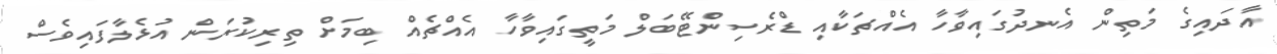
އާދައިގެ މަތިން އެނދުގައިވާހާ އެއްޗަކާއި ޑްރެސިންޓޭބަލް މަތީގައިވާހާ އެއްޗެއް ބިމަށް ތިރިކުރަން އުޅެލާފައިވެސް